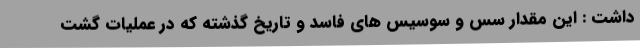
داشت : این مقدار سس و سوسیس های فاسد و تاریخ گذشته که در عملیات گشت